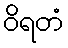
ဝိရတံ